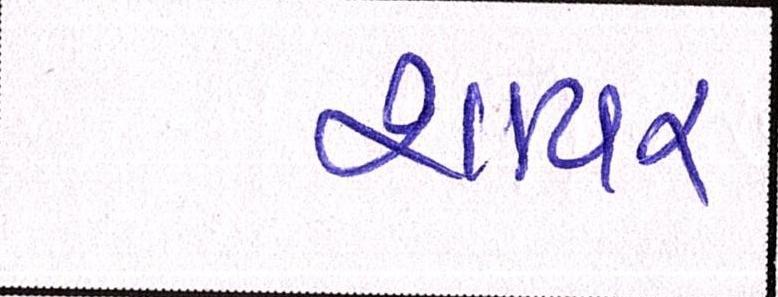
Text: શાયર